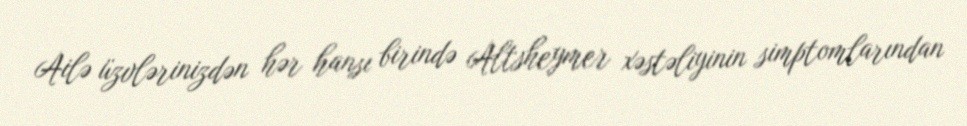
Ailə üzvlərinizdən hər hansı birində Altsheymer xəstəliyinin simptomlarından